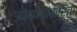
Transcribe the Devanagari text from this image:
उपयोगांकरिता